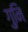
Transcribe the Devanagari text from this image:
गुनि